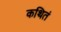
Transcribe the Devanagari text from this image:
कथितं